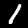
Digit: 1